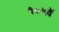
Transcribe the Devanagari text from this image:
१०५वें